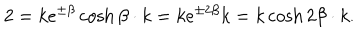
LaTeX: 2 = k e ^ { \pm \beta } \cosh \beta \cdot k = k e ^ { \pm 2 \beta } k = k \cosh 2 \beta \cdot k .